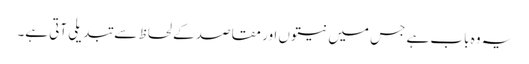
یہ وہ باب ہے جس میں نیتوں اور مقاصد کے لحاظ سے تبدیلی آتی ہے۔